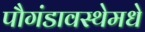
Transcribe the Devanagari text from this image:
पौगंडावस्थेमधे